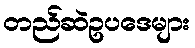
တည်ဆဲဥပဒေများ